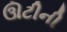
ઊટીની